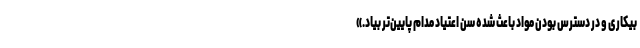
بیکاری و در دسترس بودن مواد باعث شده سن اعتیاد مدام پایین‌تر بیاد.»